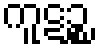
ကူဋဉ္စ